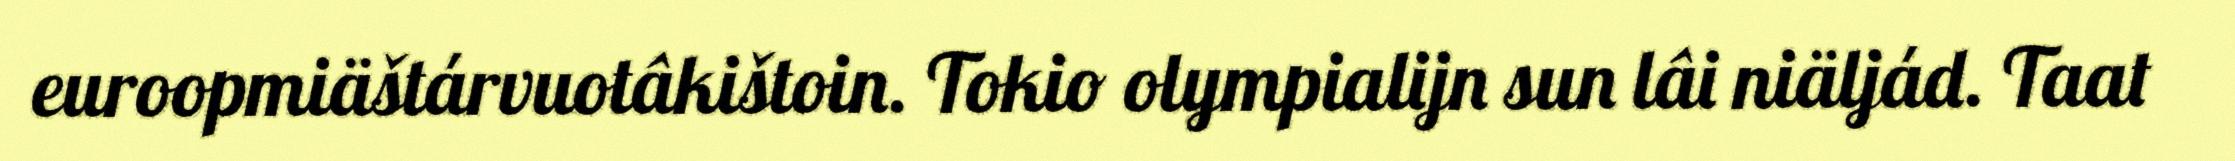
euroopmiäštárvuotâkištoin. Tokio olympialijn sun lâi niäljád. Taat